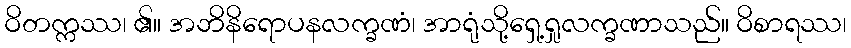
ဝိတက္ကဿ၊ ၏။ အဘိနိရောပနလက္ခဏံ၊ အာရုံသို့ရှေ့ရှုလက္ခဏာသည်။ ဝိစာရဿ၊